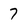
Character: 7